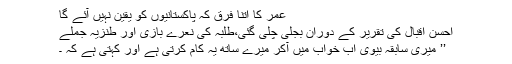
عمر کا اتنا فرق کہ پاکستانیوں کو یقین نہیں آئے گا
احسن اقبال کی تقریر کے دوران بجلی چلی گئی،طلبہ کی نعرے بازی اور طنزیہ جملے
’’ میری سابقہ بیوی اب خواب میں آکر میرے ساتھ یہ کام کرتی ہے اور کہتی ہے کہ ۔